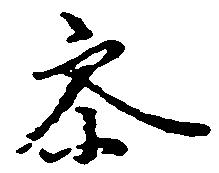
参